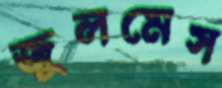
জুলমেস